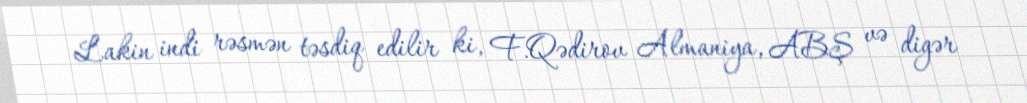
Lakin indi rəsmən təsdiq edilir ki, F.Qədirov Almaniya, ABŞ və digər